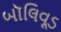
બૉલિવૂડ